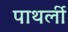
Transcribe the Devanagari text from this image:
पाथर्ली